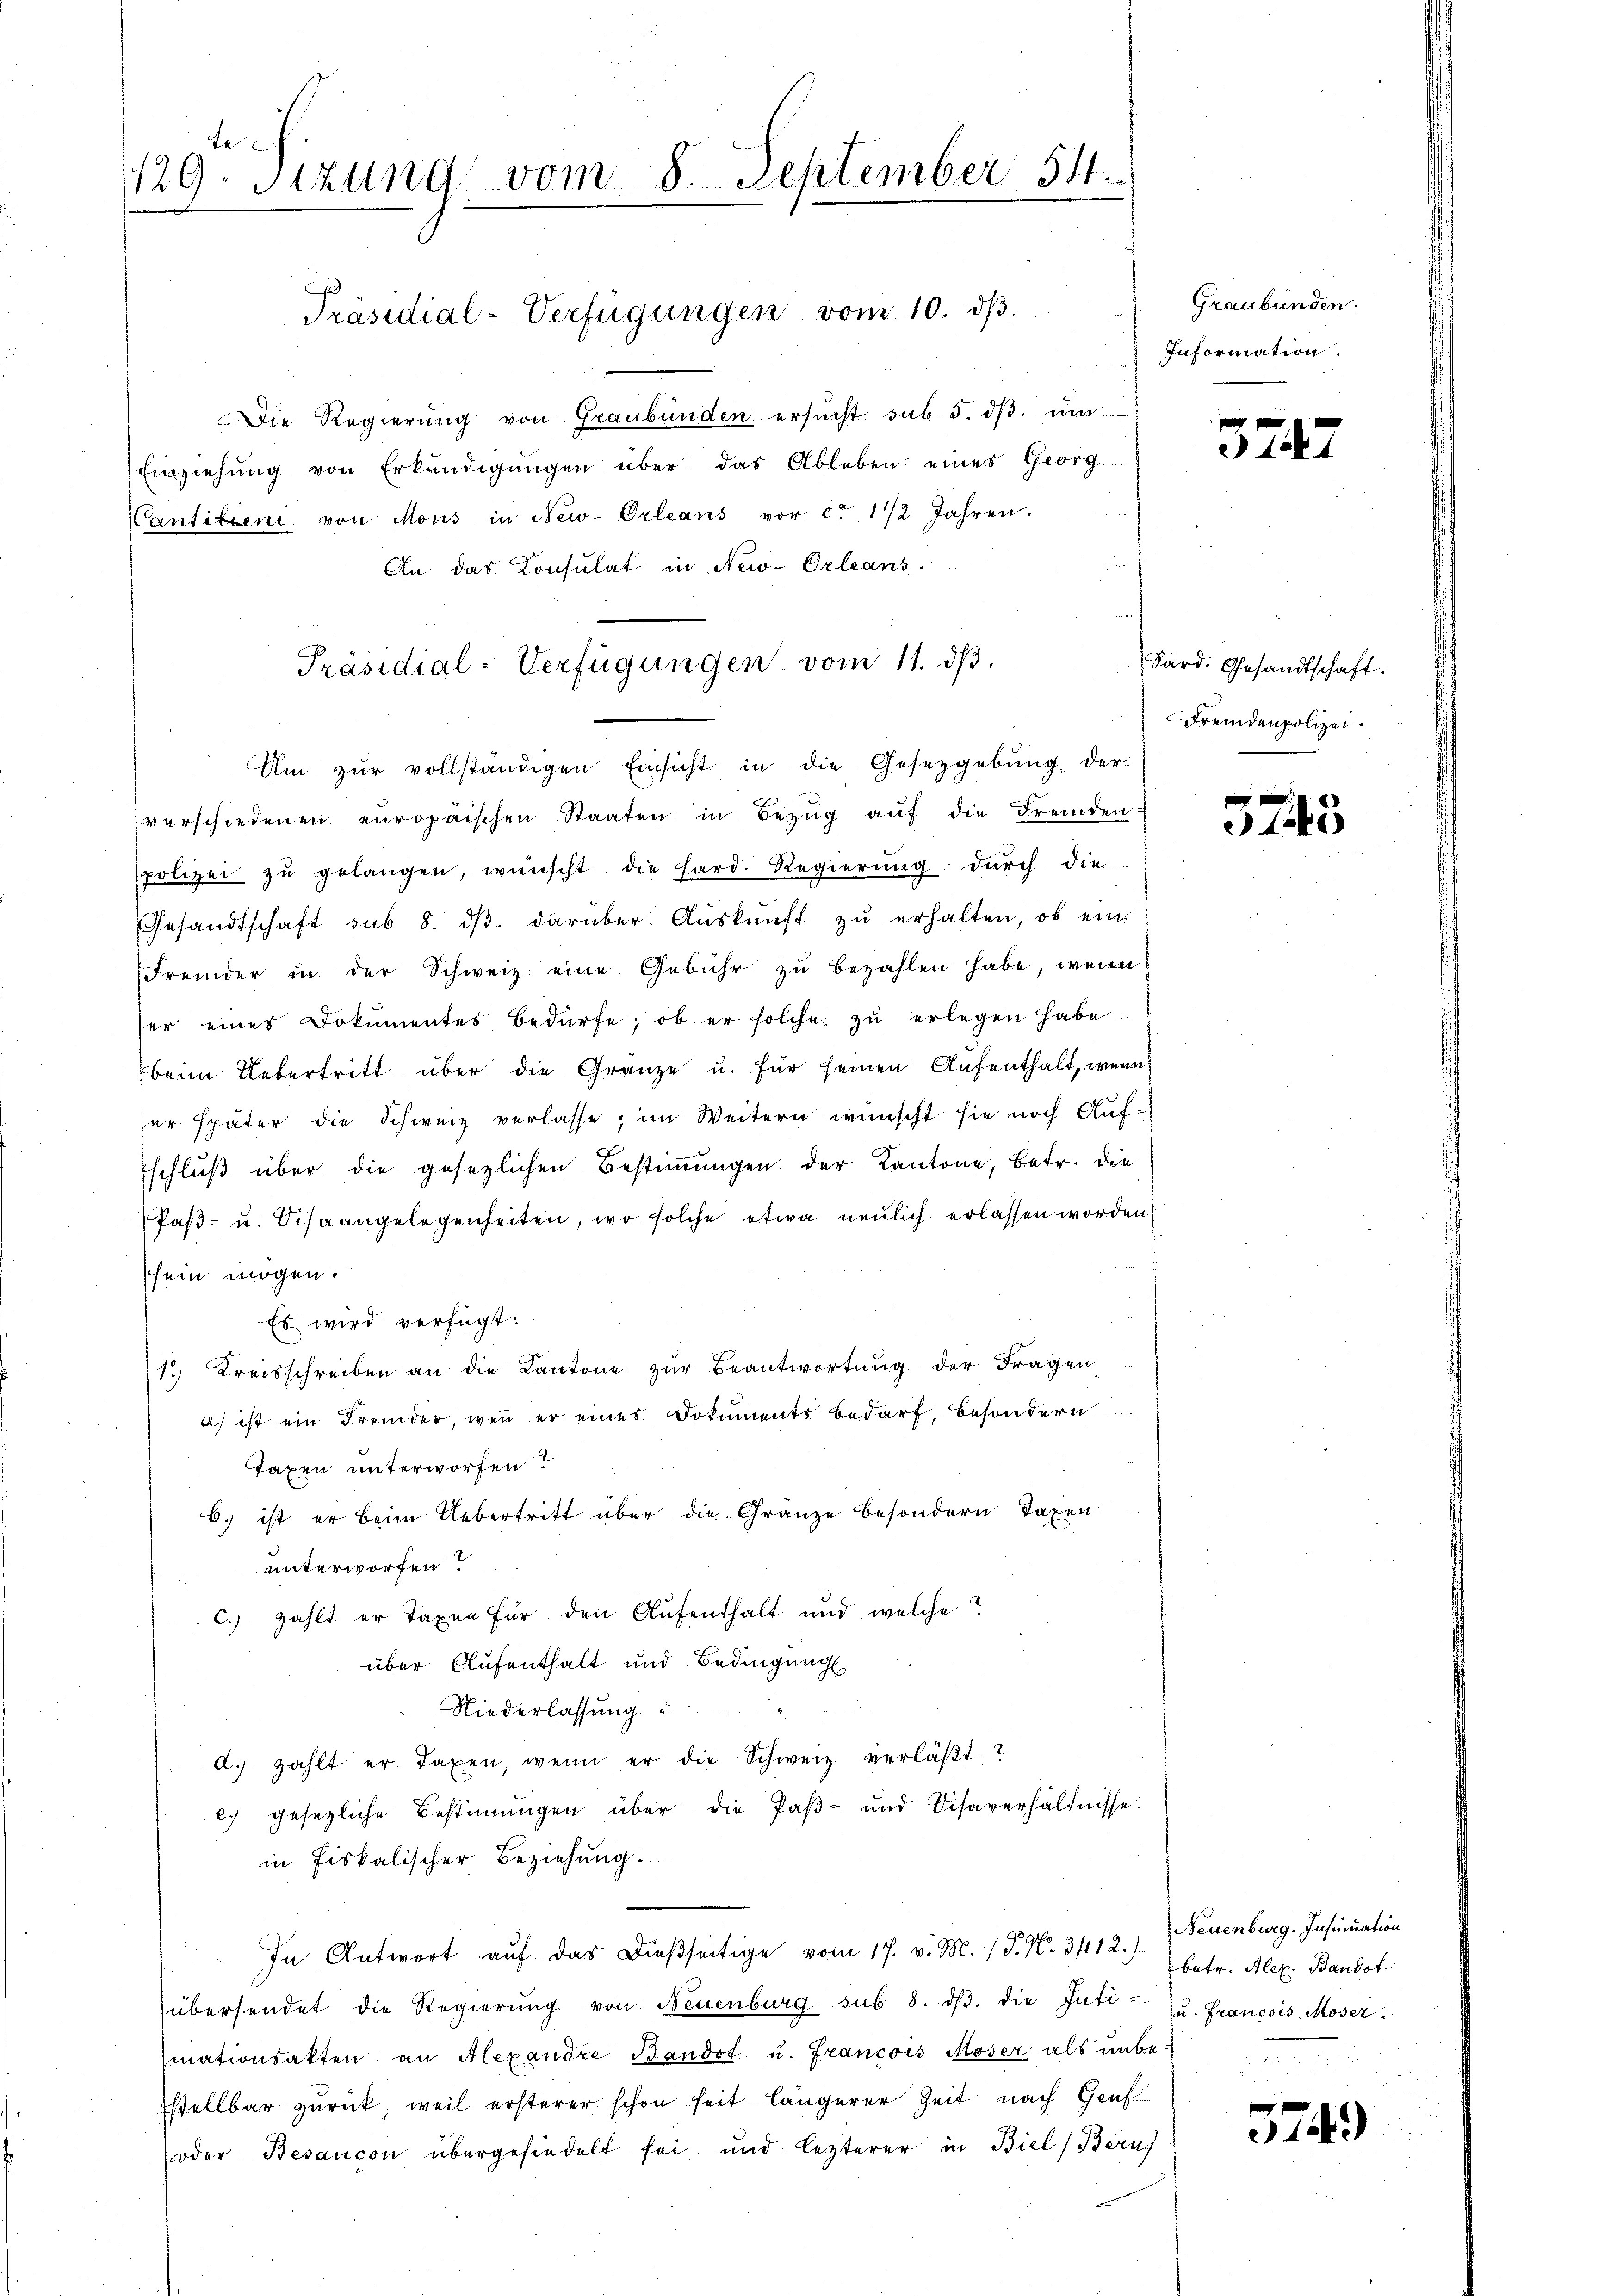
te.
129. Sitzung vom 8. September 54.

Die Regierŭng von Graubünden ersŭcht sub. 5. dβ ŭm
Einziehung von Erkŭndigŭngen über das Ableben eines Georg-
Cantitéeni, von Mons in New-Orleans vor ca 1/2 Jahren.
Um zŭr vollständigen Einsicht in die Gesetzgebung der
verschiedenen europäischen Staaten in Bezŭg aŭf die Fremden u
polizei zŭ gelangen, wünscht die Hard. Regierŭng dŭrch die
Gesandtschaft sub 8. dβ. darüber Aŭskŭnft zŭ erhalten, ob ein
Fremder in der Schweiz eine Gebühr zŭ bezahlen habe, wenn
ser eines Dokumentes bedürfe; ob er solche zŭ erlegen habe
beim Uebertritt über die Gränze u. für seinen Aufenthalt, wenn
er später die Schweiz verlasse, im Weitern wünscht sie noch Aufschlŭβ über die gesezlichen Bestiṁŭngen der Kantone, betr. die
Paβ- u. Schaangelegenheiten, wo solche etwa neulich erlassen worden,
sein mögen.
Es wird verfügt:
1. Kreisschreiben an die Kantone zŭr Beantwortung der Fragen
a) ist ein Fremder, wenn er eines Dokuments bedarf, besondern
Taxen unterworfen?
6) ist er beim Uebertritt über die Gränze besondern Taxen
unterworfen.
c. zahlt er Taxen für den Aufenthalt und welche
über Aufenthalt und Bedingung
Niederlassung
d. zahlt er Taxen, wenn er die Schweiz verläβt
c. gesezliche Bestiṁŭngen über die Paβ- und Visaverhältnisse.
in fiskalischer Beziehung.
In Antwort aŭf das dießseitige vom 17. v. M. (T. N. 3412.) Neuenburg. Instimation
übersendet die Regierŭng von Neuenburg sub 8. dβ. die Inti- zŭ Francois Moser.
siationsakten an Alexandre Bandot u. Francois Moser als unbe-
Istellbar zurück, weil ersterer schon seit längerer Zeit nach Genf
oder Besancon übergehindelt sei und lezterer in Biel Bern)

Präsidial-Verfügungen vom 10. ds.

An das Consulat in New-Orleans
Präsidial-Verfügungen vom 11. dβ.

Graubünden.
Information.

3747

Sard. Gesandtschaft.
Fremdenpolizei.

5745

betr. Alex. Bandot

3749